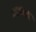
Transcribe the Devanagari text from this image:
ठरव्यात